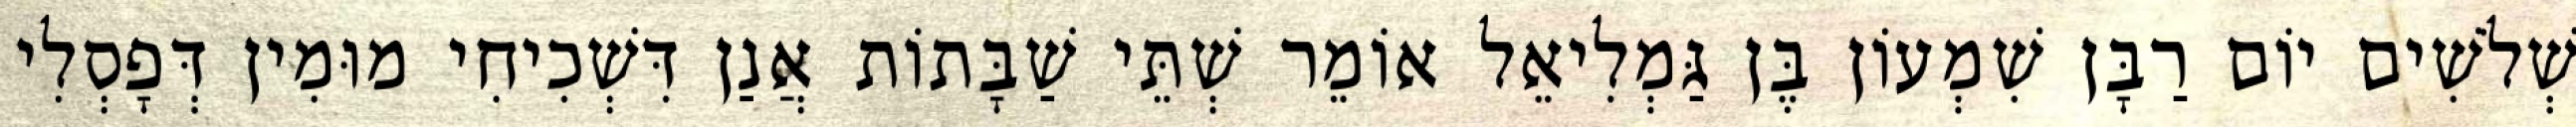
שְׁלֹשִׁים יוֹם רַבָּן שִׁמְעוֹן בֶּן גַּמְלִיאֵל אוֹמֵר שְׁתֵּי שַׁבָּתוֹת אֲנַן דִּשְׁכִיחִי מוּמִין דְּפָסְלִי